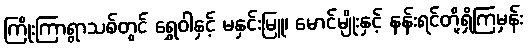
ကြိုးကြာရွာသစ်တွင် ရွှေဝါနှင့် မနှင်းမြူ၊ မောင်မျိုးနှင့် နန်းရင်တို့ရှိကြမှန်း